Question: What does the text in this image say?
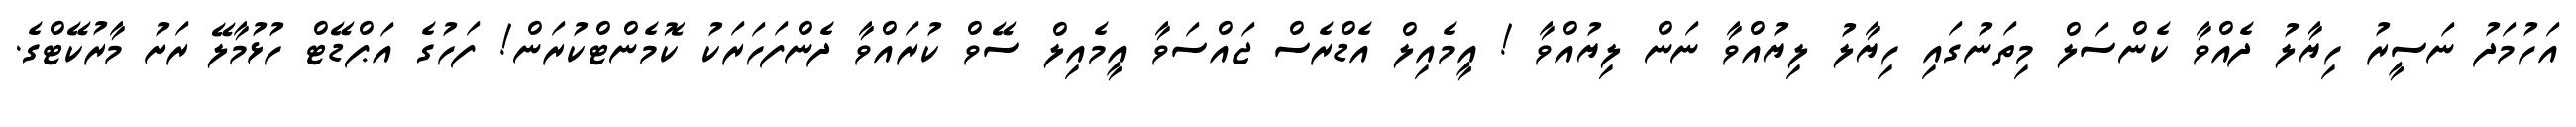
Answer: އަހުމަދު ނަސީރު ހިޔާލު ދެއްވާ ކެންސަލް މިތަނުގައި ހިޔާލު ލިޔުއްވާ ނަން ލިޔުއްވާ ! އީމެއިލް އެޑްރެސް ޖައްސަވާ އީމެއިލް ސޭވް ކުރައްވާ ދެންފަހަރަކު ކޮމެންޓްކުރަން! ފަހުގެ އަޕްޑޭޓް ހުޅުމާލޭ ރަށު މާރުކޭޓްގެ.